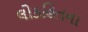
લોકહિતના